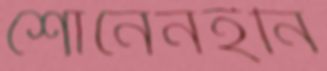
শোনেনইনি